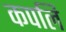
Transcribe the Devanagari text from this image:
कपलि